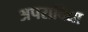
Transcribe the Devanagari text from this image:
अपराविद्या